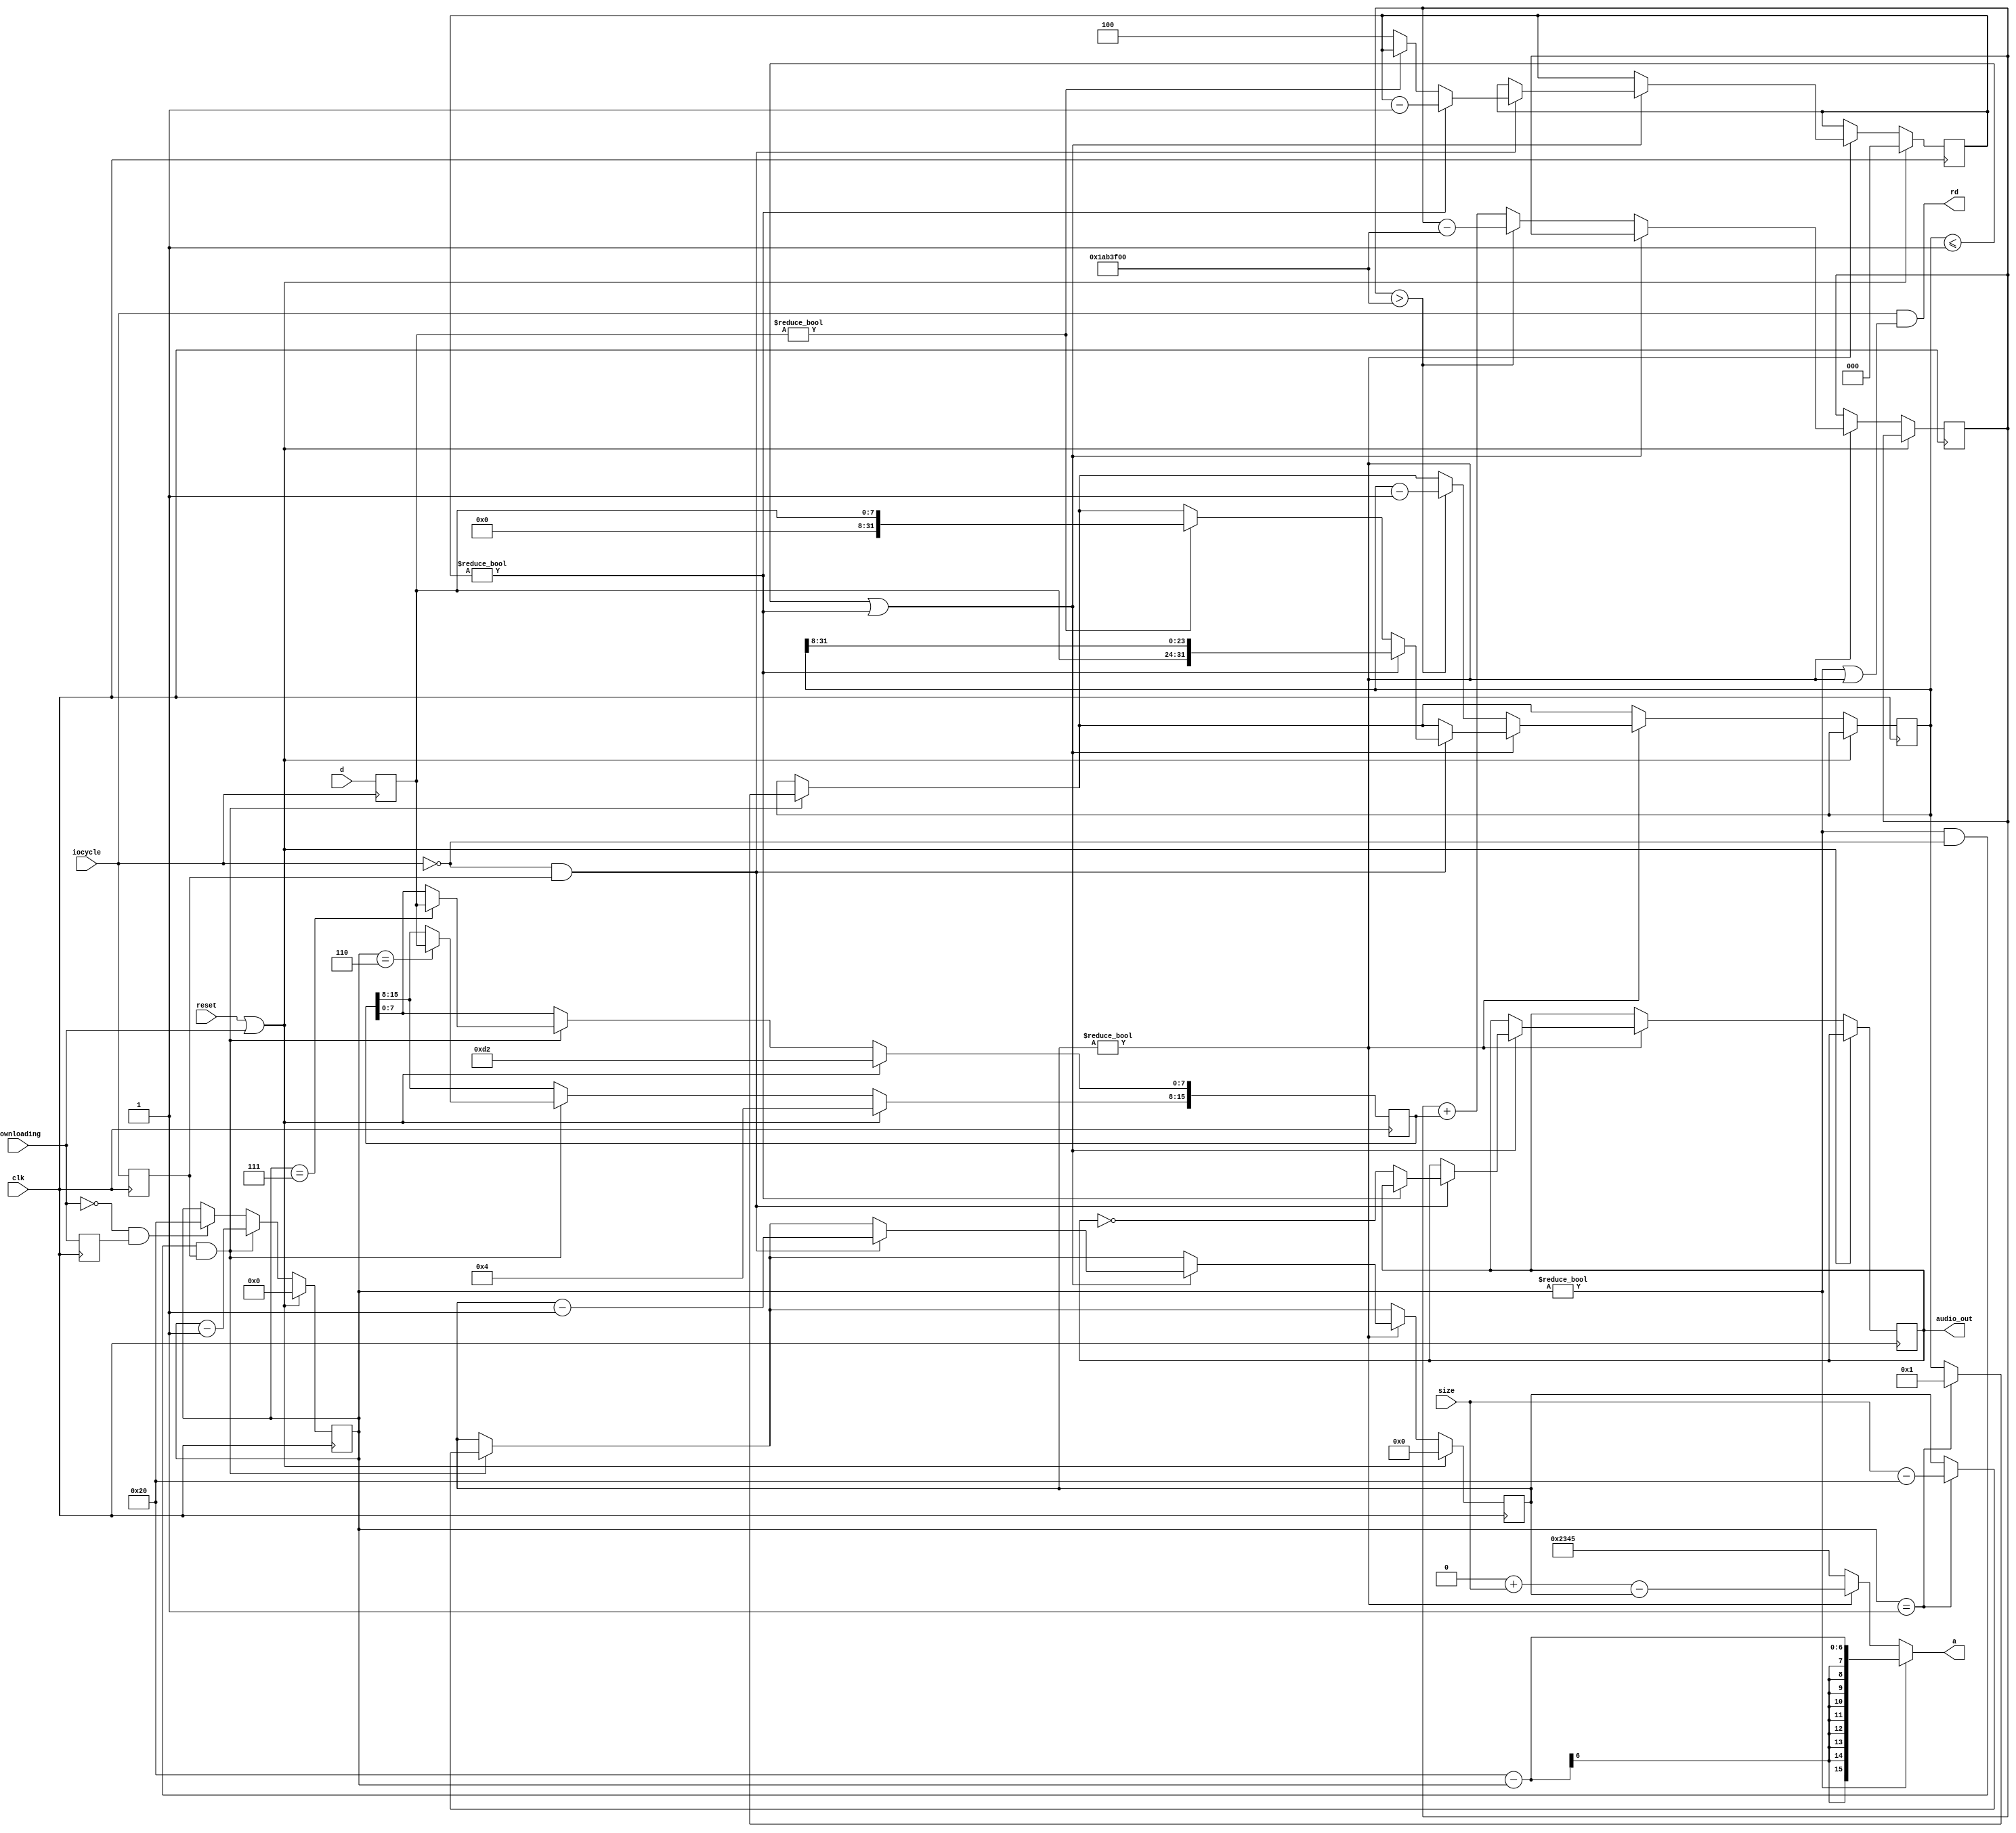
//
// tape.v
//
// tape implementation for the spectrum core for the MiST board
// http://code.google.com/p/mist-board/
//
// Copyright (c) 2014 Till Harbaum <till@harbaum.org>
//
// This source file is free software: you can redistribute it and/or modify
// it under the terms of the GNU General Public License as published
// by the Free Software Foundation, either version 3 of the License, or
// (at your option) any later version.
//
// This source file is distributed in the hope that it will be useful,
// but WITHOUT ANY WARRANTY; without even the implied warranty of
// MERCHANTABILITY or FITNESS FOR A PARTICULAR PURPOSE.  See the
// GNU General Public License for more details.
//
// You should have received a copy of the GNU General Public License
// along with this program.  If not, see <http://www.gnu.org/licenses/>.
//
// This reads a CSW1 file as described here:
// http://ramsoft.bbk.org.omegahg.com/csw.html#CSW1FORMAT
//

// typical header:
// 00000000  43 6f 6d 70 72 65 73 73  65 64 20 53 71 75 61 72  |Compressed Squar|
// 00000010  65 20 57 61 76 65 1a 01  01 44 ac 01 00 00 00 00  |e Wave...D......|

module tape #(parameter ADDR_WIDTH=16) (
        input                   reset,
        input                   clk,
        input                   iocycle,

        input        downloading,   // signal indicating an active download
        input [ADDR_WIDTH-1:0] size,          // number of bytes in input buffer

			output reg audio_out,
		  
        // external ram interface
        output     rd,
        output    [ADDR_WIDTH-1:0] a,
        input [7:0]   d
);

reg downloadingD;

reg [15:0] freq;
reg [5:0] header_cnt;
reg [31:0] clk_play_cnt;
reg [ADDR_WIDTH-1:0] payload_cnt;
reg iocycleD;

reg [31:0] bit_cnt;
reg [2:0] reload32;

assign rd = iocycle && ((header_cnt != 0) || (payload_cnt != 0));
assign a = (header_cnt != 0)?(25'h20000 + 25'd32 - header_cnt):
	(payload_cnt != 0)?(25'h20000 + size - payload_cnt):
	25'h12345;

reg [7:0] din;

// latch data at end of io cycle
always @(negedge iocycle)
	din <= d;

always @(posedge clk) begin
	downloadingD <= downloading;
	iocycleD <= iocycle;

	if(reset || downloading) begin
		freq <= 16'd1234;
		header_cnt <= 6'd0;
		payload_cnt <= 25'd0;
		reload32 <= 3'd0;
	end else begin
	
		// download complete, start parsing
		if(!downloading && downloadingD)
			header_cnt <= 6'd32;

		// read header
		if((header_cnt != 0) && !iocycle && iocycleD ) begin

			// fetch playback frequency from header
			if(header_cnt == 6'h20 - 6'h19) freq[ 7:0] <= din;
			if(header_cnt == 6'h20 - 6'h1a) freq[15:8] <= din;
			
			header_cnt <= header_cnt - 6'd1;

			// start payload transfer as soon as header has been parsed
			if(header_cnt == 1) begin
				payload_cnt <= size - 25'h20;
				bit_cnt <= 32'd1;
			end
		end
			
		// read payload
		if(payload_cnt != 0) begin

			// bit has fully neem semt or reload32 in progress
			if((bit_cnt <= 1) || (reload32 != 0)) begin
			
				if(!iocycle && iocycleD ) begin
					if(reload32 != 0) begin
						bit_cnt <= { din, bit_cnt[31:8] };
						reload32 <= reload32 - 3'd1;
					end else begin
						if(din != 0) begin
							// determine length of next bit
							bit_cnt <= { 24'd0, din};
						end else	
							reload32 <= 3'd4;
							
						// output a bit ...
						audio_out <= !audio_out;
					end

					payload_cnt <= payload_cnt - 25'd1;
				end
			end else begin
				// generate replay clock
				clk_play_cnt <= clk_play_cnt + { 16'h0000, freq};
				// clock is 28MHz
				if(clk_play_cnt > 32'd28000000) begin	
					clk_play_cnt <= clk_play_cnt - 32'd28000000;

					// process bit counter
					bit_cnt <= bit_cnt - 32'd1;
				end
			end
		end
	end
end

endmodule